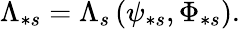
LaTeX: \Lambda_{\ast s}=\Lambda_{s}\left(\psi_{\ast s},\Phi_{\ast s}\right).